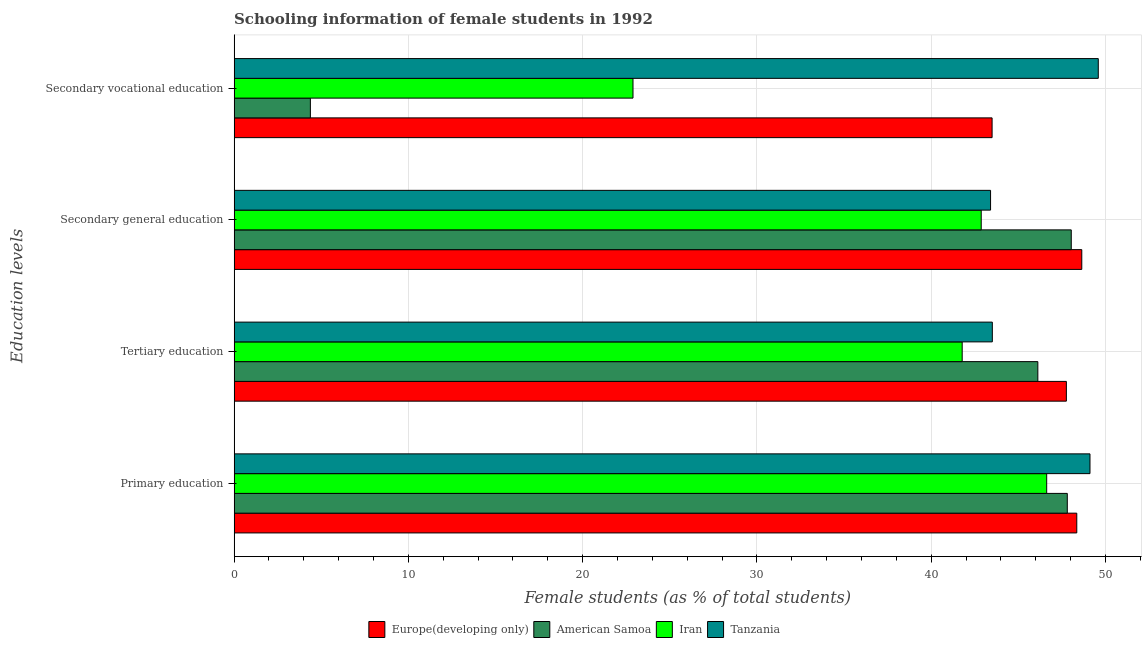
| Education levels | Europe(developing only) | American Samoa | Iran | Tanzania |
 | --- | --- | --- | --- | --- |
 | Primary education | 48.3 | 47.8 | 46.6 | 49.1 |
 | Tertiary education | 47.8 | 46.1 | 41.8 | 43.5 |
 | Secondary general education | 48.6 | 48 | 42.9 | 43.4 |
 | Secondary vocational education | 43.5 | 4.38 | 22.9 | 49.6 |